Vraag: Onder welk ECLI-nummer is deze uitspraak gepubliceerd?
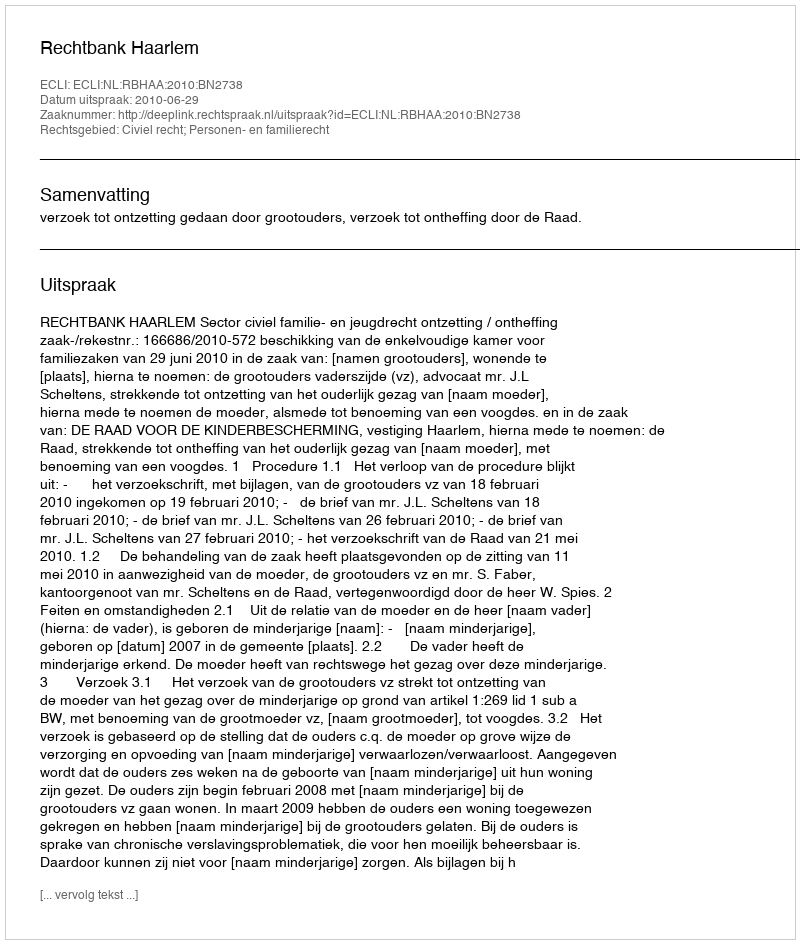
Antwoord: ECLI:NL:RBHAA:2010:BN2738